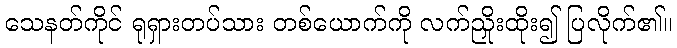
သေနတ်ကိုင် ရုရှားတပ်သား တစ်ယောက်ကို လက်ညှိုးထိုး၍ ပြလိုက်၏။